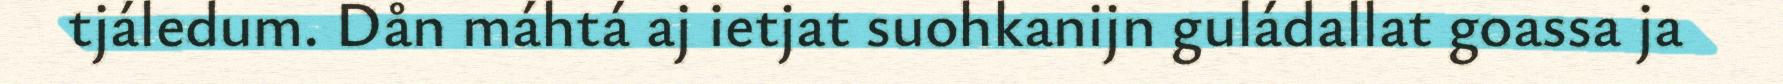
tjáledum. Dån máhtá aj ietjat suohkanijn guládallat goassa ja